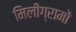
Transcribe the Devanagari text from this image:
मिलीग्रामों